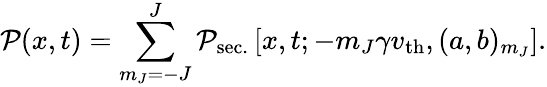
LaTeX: \mathcal{P}(x,t)=\sum_{m_{J}=-J}^{J}\mathcal{P}_{\mathrm{sec.}}\left[x,t;-m_{J}\gamma v_{\mathrm{th}},(a,b)_{m_{J}}\right].